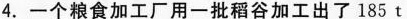
4.一个粮食加工厂用一批稻谷加工出了185t